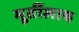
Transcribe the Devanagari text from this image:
मूर्तीलाच